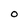
Character: 0